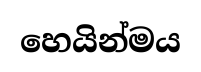
හෙයින්මය